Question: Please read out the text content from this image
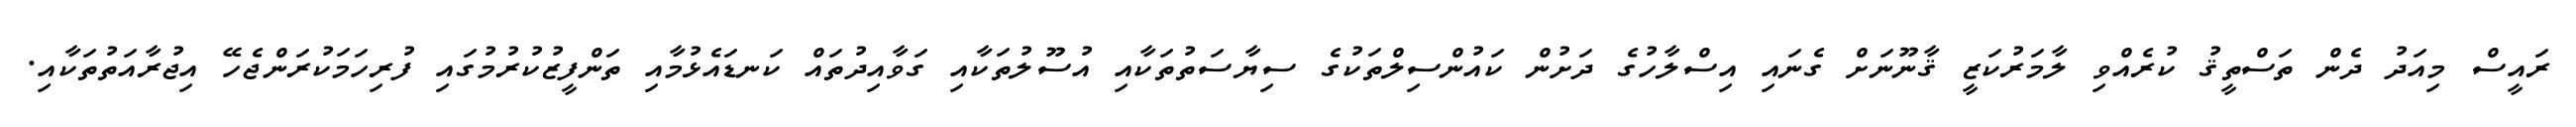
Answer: ރައީސް މިއަދު ދެން ތަސްތީޤު ކުރެއްވި ލާމަރުކަޒީ ޤާނޫނަށް ގެނައި އިސްލާހުގެ ދަށުން ކައުންސިލްތަކުގެ ސިޔާސަތުތަކާއި އުސޫލުތަކާއި ގަވާއިދުތައް ކަނޑައެޅުމާއި ތަންފީޒުކުރުމުގައި ފުރިހަމަކުރަންޖެހޭ އިޖުރާއަތުތަކާއި.